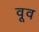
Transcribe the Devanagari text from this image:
वूव